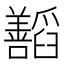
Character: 𬚁